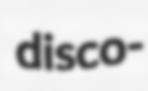
disco-